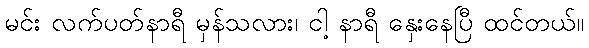
မင်း လက်ပတ်နာရီ မှန်သလား၊ ငါ့ နာရီ နှေးနေပြီ ထင်တယ်။